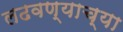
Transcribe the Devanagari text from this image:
लढवण्याच्या